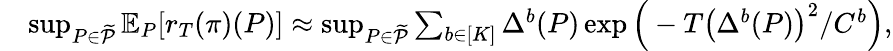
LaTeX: \begin{array}{rl}&{\operatorname*{sup}_{P\in\widetilde{\mathcal{P}}}\mathbb{E}_{P}[r_{T}(\pi)(P)]\approx\operatorname*{sup}_{P\in\widetilde{\mathcal{P}}}\sum_{b\in[K]}\Delta^{b}(P)\exp\Big(-T\left(\Delta^{b}(P)\right)^{2}/C^{b}\Big),}\end{array}